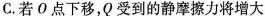
C.若О点下移，Q受到的静摩擦力将增大